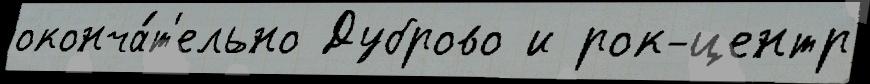
оконча́т'ельно Дуброво и рок-центр